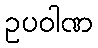
ဥပဝါဏ